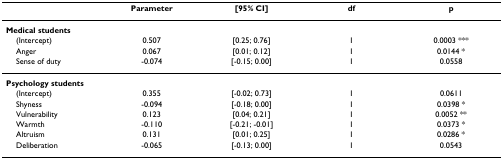
<table><thead><tr><td></td><td><b>Parameter</b></td><td><b>[95% CI]</b></td><td><b>df</b></td><td><b>p</b></td></tr></thead><tbody><tr><td><b>Medical students</b></td><td></td><td></td><td></td><td></td></tr><tr><td> (Intercept)</td><td>0.507</td><td>[0.25; 0.76]</td><td>1</td><td>0.0003 ***</td></tr><tr><td> Anger</td><td>0.067</td><td>[0.01; 0.12]</td><td>1</td><td>0.0144 *</td></tr><tr><td> Sense of duty</td><td>-0.074</td><td>[-0.15; 0.00]</td><td>1</td><td>0.0558</td></tr><tr><td><b>Psychology students</b></td><td></td><td></td><td></td><td></td></tr><tr><td> (Intercept)</td><td>0.355</td><td>[-0.02; 0.73]</td><td>1</td><td>0.0611</td></tr><tr><td> Shyness</td><td>-0.094</td><td>[-0.18; 0.00]</td><td>1</td><td>0.0398 *</td></tr><tr><td> Vulnerability</td><td>0.123</td><td>[0.04; 0.21]</td><td>1</td><td>0.0052 **</td></tr><tr><td> Warmth</td><td>-0.110</td><td>[-0.21; -0.01]</td><td>1</td><td>0.0373 *</td></tr><tr><td> Altruism</td><td>0.131</td><td>[0.01; 0.25]</td><td>1</td><td>0.0286 *</td></tr><tr><td> Deliberation</td><td>-0.065</td><td>[-0.13; 0.00]</td><td>1</td><td>0.0543</td></tr></tbody></table>